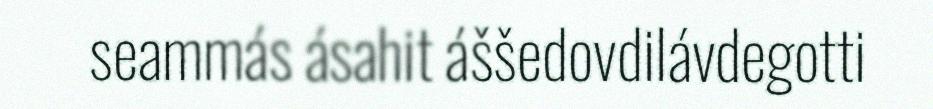
seammás ásahit áššedovdilávdegotti